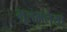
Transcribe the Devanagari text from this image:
भूलभलैया